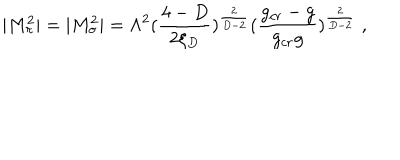
| M _ { \pi } ^ { 2 } | = | M _ { \sigma } ^ { 2 } | = \Lambda ^ { 2 } ( \frac { 4 - D } { 2 \xi _ { D } } ) ^ { \frac { 2 } { D - 2 } } ( \frac { g _ { c r } - g } { g _ { c r } g } ) ^ { \frac { 2 } { D - 2 } } \; ,